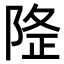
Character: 𨺛